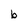
Character: b